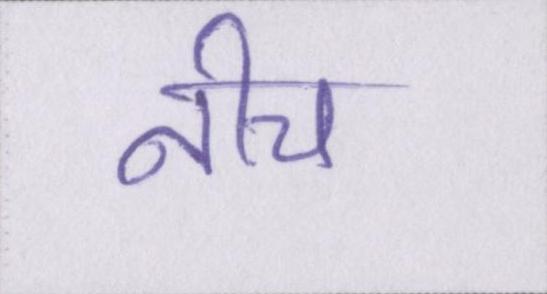
नीच